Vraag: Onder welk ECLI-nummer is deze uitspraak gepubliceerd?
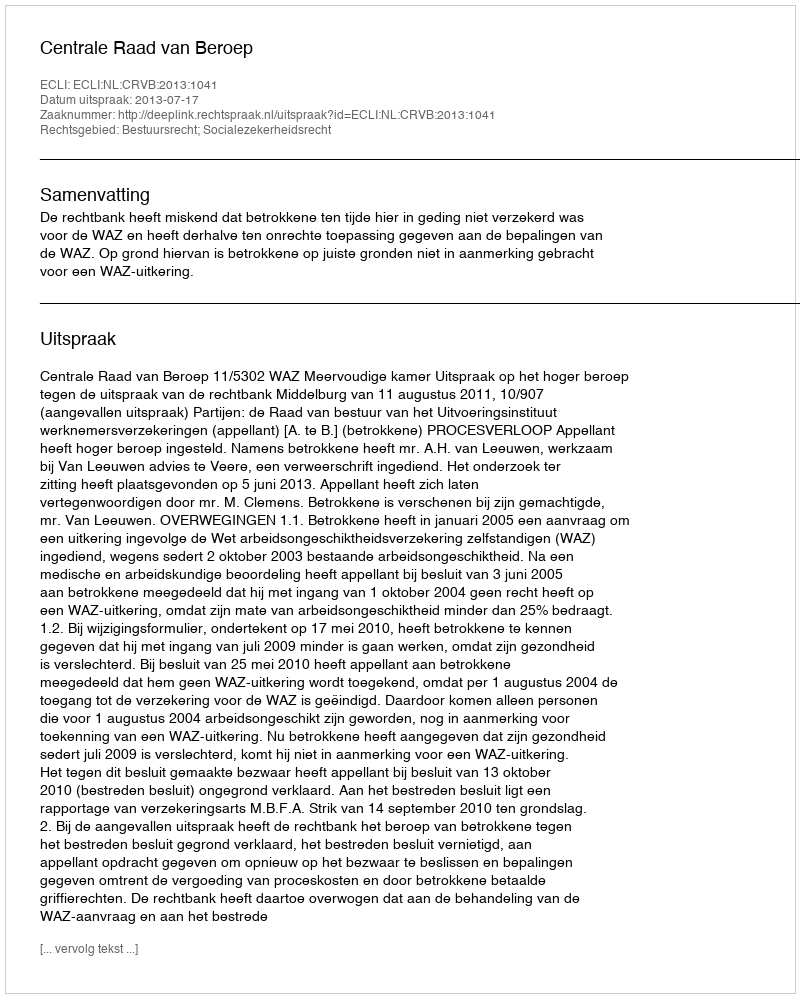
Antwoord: ECLI:NL:CRVB:2013:1041